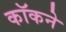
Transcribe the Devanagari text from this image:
कॉकने